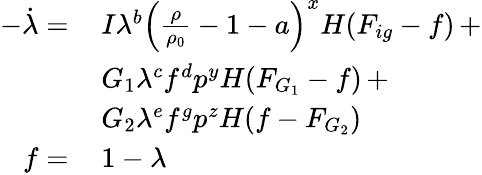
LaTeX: \begin{array}{rl}{-\dot{\lambda}=\, }&{I\lambda^{b}\left(\frac{\rho}{\rho_{0}}-1-a\right)^{x}H(F_{ig}-f)\, +}\\ &{G_{1}\lambda^{c}f^{d}p^{y}H(F_{G_{1}}-f)\, +}\\ &{G_{2}\lambda^{e}f^{g}p^{z}H(f-F_{G_{2}})}\\ {f=\, }&{1-\lambda}\end{array}